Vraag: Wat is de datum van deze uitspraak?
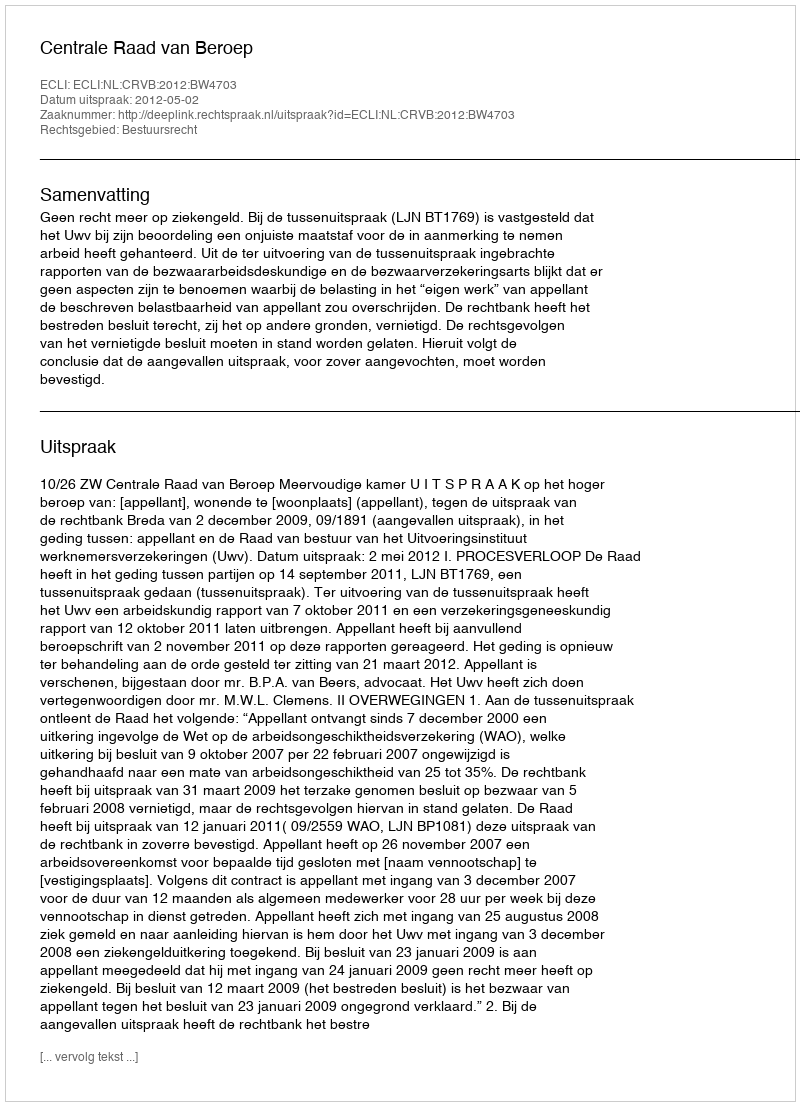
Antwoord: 2012-05-02